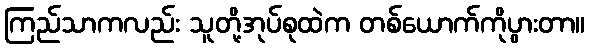
ကြည်သာကလည်း သူတို့အုပ်စုထဲက တစ်ယောက်ကိုပွားတာ။